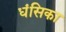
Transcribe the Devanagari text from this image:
धंसिका